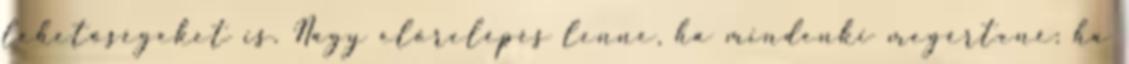
lehetőségeket is. Nagy előrelépés lenne, ha mindenki megértené: ha